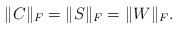
LaTeX: \begin{align*} \|C\|_F = \|S\|_F = \|W\|_F.\end{align*}